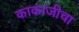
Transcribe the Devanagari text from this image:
काकाजीचा